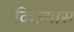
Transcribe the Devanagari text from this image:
किल्यास